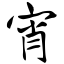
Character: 宵